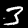
Label: 3